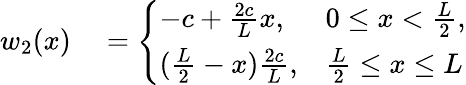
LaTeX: \begin{array}{rl}{w_{2}(x)}&{{}=\left\{ \begin{array}{ll}{-c+\frac{2c}{L}x,}&{0\leq x<\frac{L}{2},}\\ {(\frac{L}{2}-x)\frac{2c}{L},}&{\frac{L}{2}\leq x\leq L}\end{array}\right.}\end{array}